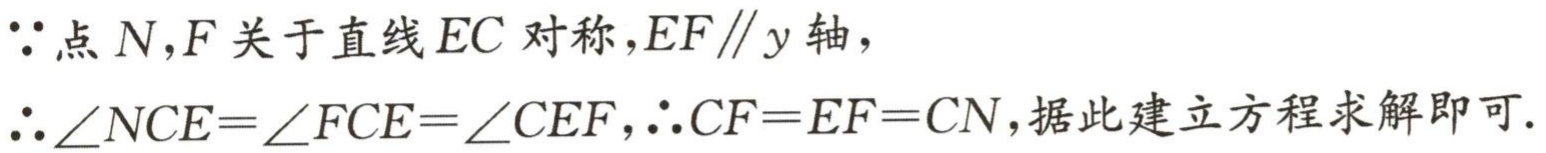
\(\because\)点\(N,F\)关于直线\(EC\)对称，\(EF\parallel y\)轴，
\(\therefore\angle NCE=\angle FCE=\angle CEF\)，\(\therefore CF = EF = CN\)，据此建立方程求解即可.